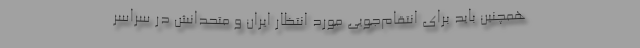
همچنین باید برای انتقام‌جویی مورد انتظار ایران و متحدانش در سراسر